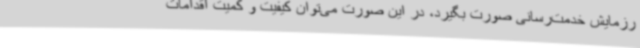
رزمایش خدمت‌رسانی صورت بگیرد، در این صورت می‌توان کیفیت و کمیت اقدامات